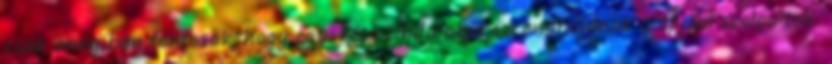
csak annyiban fontosak, hogy egy-két színdarabja szcenáriójának alapjául szolgáltak.